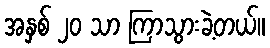
အနှစ် ၂၀ သာ ကြာသွားခဲ့တယ်။